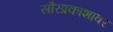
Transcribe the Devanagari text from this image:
सौरप्रकाशावर